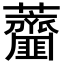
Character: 𧅱